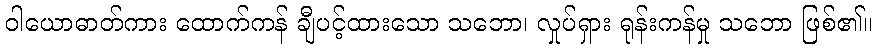
ဝါယောဓာတ်ကား ထောက်ကန် ချီပင့်ထားသော သဘော၊ လှုပ်ရှား ရုန်းကန်မှု သဘော ဖြစ်၏။